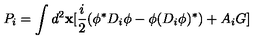
P _ { i } = \int d ^ { 2 } { \bf x } [ { \frac { i } { 2 } } ( \phi ^ { * } D _ { i } \phi - \phi ( D _ { i } \phi ) ^ { * } ) + A _ { i } G ]